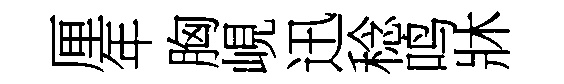
厘年胸峴迅稔鸣牀